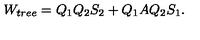
W _ { t r e e } = Q _ { 1 } Q _ { 2 } S _ { 2 } + Q _ { 1 } A Q _ { 2 } S _ { 1 } .